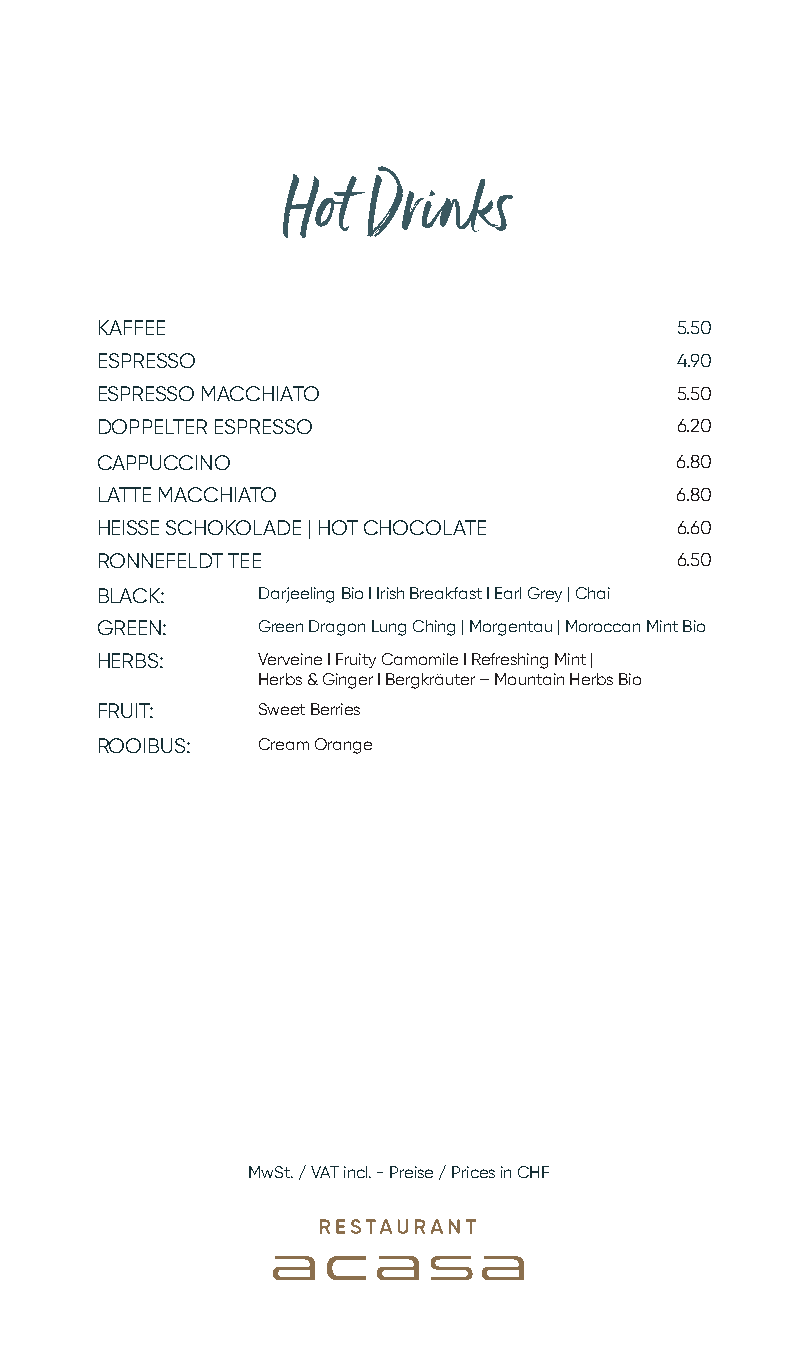
Soft Drinks & Mixers              Hot  Drinks
 KAFFEE                                 5.50
 ESPRESSO                               4.90
 ESPRESSO MACCHIATO                     5.50
 DOPPELTER ESPRESSO                     6.20
 CAPPUCCINO                             6.80
 LATTE MACCHIATO                        6.80
 HEISSE SCHOKOLADE | HOT CHOCOLATE      6.60
 RONNEFELDT TEE                         6.50
 BLACK:     Darjeeling Bio I Irish Breakfast I Earl Grey | Chai
 GREEN:     Green Dragon Lung Ching | Morgentau | Moroccan Mint Bio
 HERBS:     Verveine I Fruity Camomile I Refreshing Mint |
 Herbs & Ginger I Bergkräuter – Mountain Herbs Bio
 FRUIT:     Sweet Berries
 ROOIBUS:   Cream Orange
 MwSt. / VAT incl. - Preise / Prices in CHF